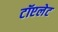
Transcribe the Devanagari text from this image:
टॉएलेट